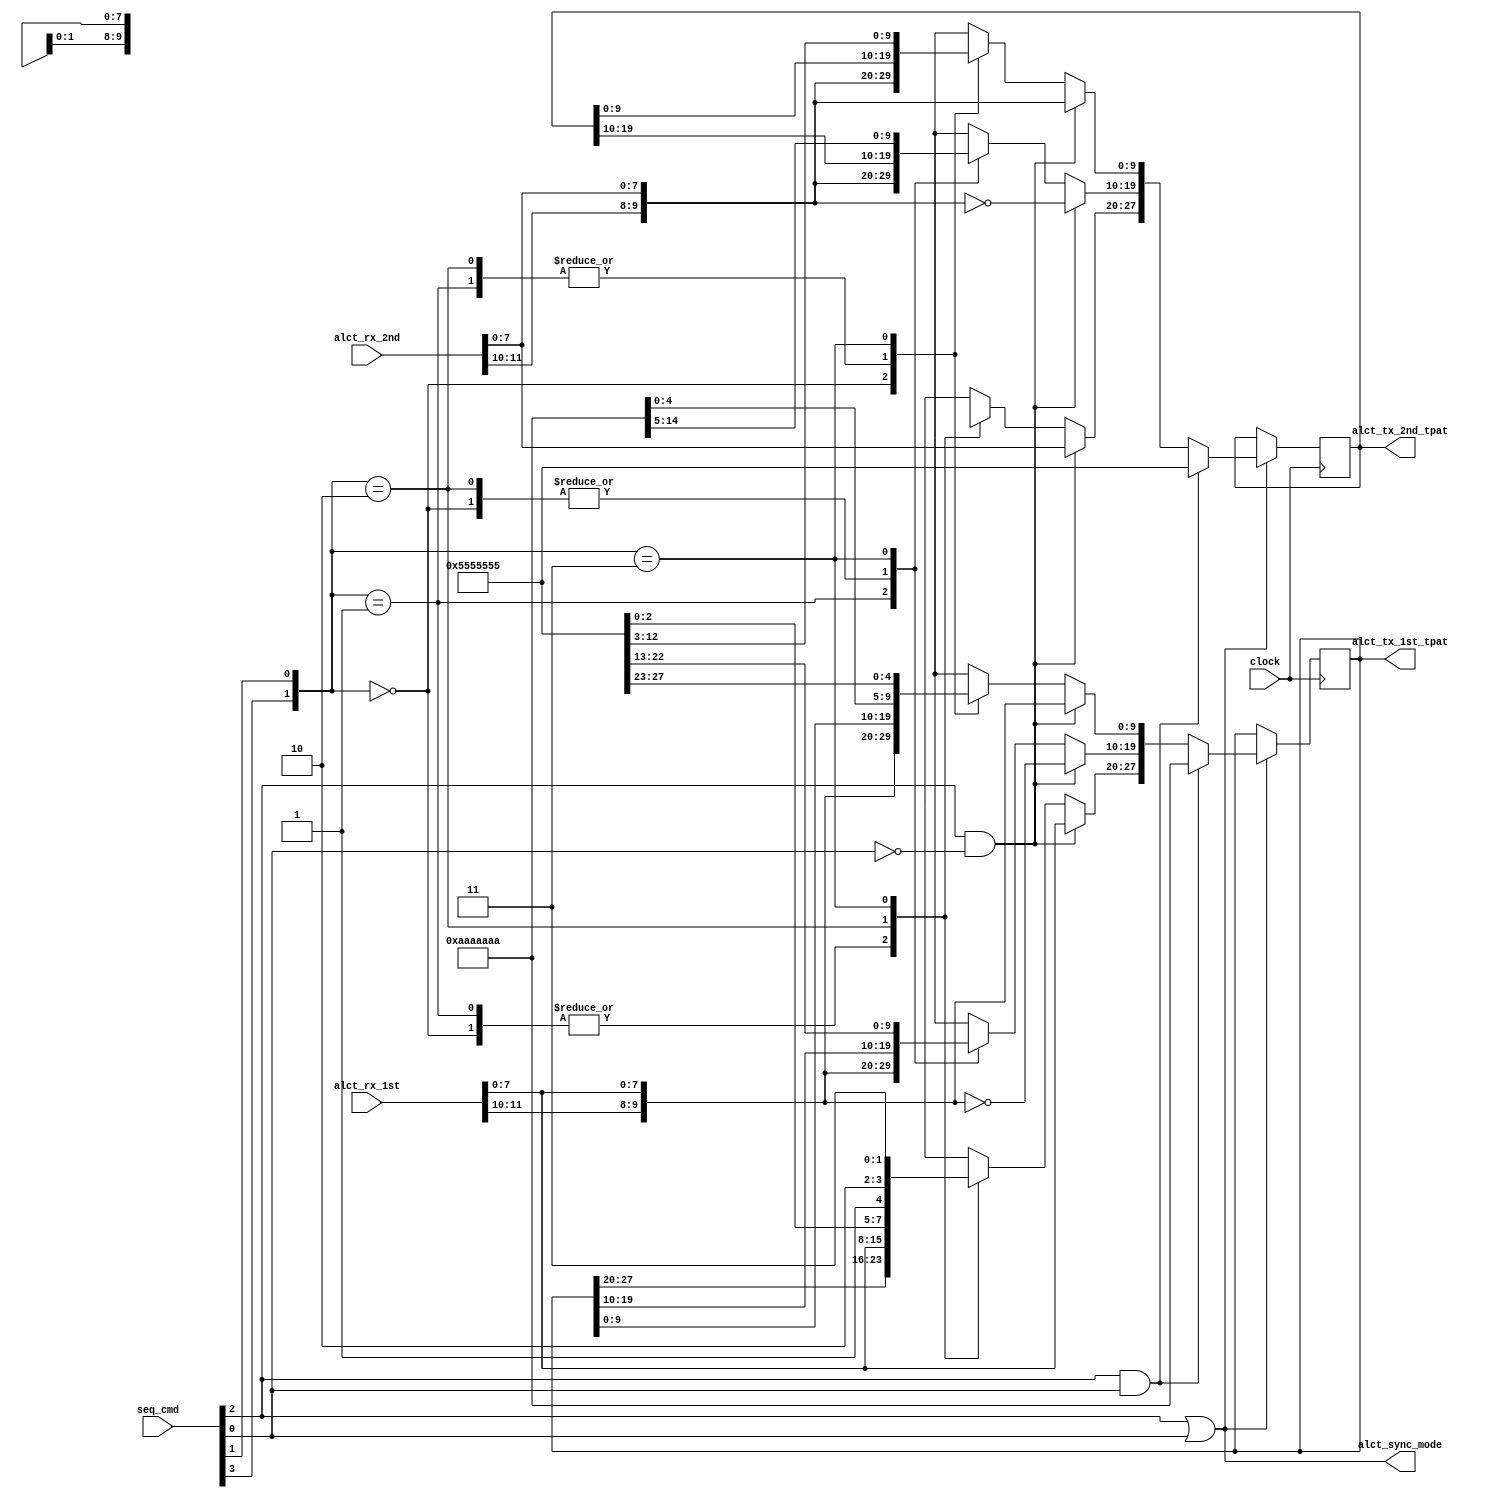
// This  Verilog HDL  source  file was  automatically generated
// by C++ model based on VPP library. Modification of this file
// is possible, but if you want to keep it in sync with the C++
// model,  please  modify  the model and re-generate this file.
// VPP library web-page: http://www.phys.ufl.edu/~madorsky/vpp/

// Timestamp : Tue Apr 19 16:44:37 2022

module loopback
(
    seq_cmd,
    alct_rx_1st,
    alct_rx_2nd,
    alct_tx_1st_tpat,
    alct_tx_2nd_tpat,
    alct_sync_mode,
    clock
);

    input [3:0] seq_cmd;
    input [16:5] alct_rx_1st;
    input [16:5] alct_rx_2nd;
    output [28:1] alct_tx_1st_tpat;
    output [28:1] alct_tx_2nd_tpat;
    output alct_sync_mode;
    input clock;

    wire alct_sync_teventodd;
    wire alct_sync_random_loop;
    wire alct_sync_random;
    reg [28:1] alct_tx_1st_tpat;
    reg [28:1] alct_tx_2nd_tpat;
    wire [28:1] alct_rng_1st;
    wire [28:1] alct_rng_2nd;
    wire [1:0] alct_sync_adr;
    wire [9:0] alct_rx_1st_tpat;
    wire [9:0] alct_rx_2nd_tpat;
    assign alct_sync_mode = seq_cmd[2] | seq_cmd[0];
    assign alct_sync_teventodd = seq_cmd[2] & seq_cmd[0];
    assign alct_sync_random_loop = seq_cmd[2] & (!seq_cmd[0]);
    assign alct_sync_adr = {seq_cmd[3], seq_cmd[1]};
    assign alct_sync_random = (seq_cmd[3] & seq_cmd[1]) && alct_sync_mode;
    assign alct_rx_1st_tpat[9:0] = {alct_rx_1st[16:15], alct_rx_1st[12:5]};
    assign alct_rx_2nd_tpat[9:0] = {alct_rx_2nd[16:15], alct_rx_2nd[12:5]};
    always @(posedge clock) 
    begin
        if (alct_sync_mode) 
        begin
            if (alct_sync_teventodd) 
            begin
                alct_tx_1st_tpat[28:1] = 28'd178956970;
                alct_tx_2nd_tpat[28:1] = 28'd89478485;
            end
            else if (alct_sync_random_loop) 
            begin
                alct_tx_1st_tpat[10:1] = alct_rx_1st_tpat[9:0];
                alct_tx_1st_tpat[20:11] = ~alct_rx_1st_tpat[9:0];
                alct_tx_1st_tpat[28:21] = alct_rx_1st_tpat[7:0];
                alct_tx_2nd_tpat[10:1] = alct_rx_2nd_tpat[9:0];
                alct_tx_2nd_tpat[20:11] = ~alct_rx_2nd_tpat[9:0];
                alct_tx_2nd_tpat[28:21] = alct_rx_2nd_tpat[7:0];
            end
            else 
            begin
                case (alct_sync_adr[1:0])
                    2'd0 : 
                    begin
                        alct_tx_1st_tpat[10:1] = alct_rx_1st_tpat[9:0];
                        alct_tx_2nd_tpat[10:1] = alct_rx_2nd_tpat[9:0];
                    end
                    2'd1 : 
                    begin
                        alct_tx_1st_tpat[20:11] = alct_rx_1st_tpat[9:0];
                        alct_tx_2nd_tpat[20:11] = alct_rx_2nd_tpat[9:0];
                    end
                    2'd2 : 
                    begin
                        alct_tx_1st_tpat[28:21] = alct_rx_1st_tpat[7:0];
                        alct_tx_2nd_tpat[28:21] = alct_rx_2nd_tpat[7:0];
                    end
                    2'd3 : 
                    begin
                        alct_tx_1st_tpat[28:1] = alct_rng_1st[28:1];
                        alct_tx_2nd_tpat[28:1] = alct_rng_2nd[28:1];
                    end
                endcase
            end
        end
    end
endmodule